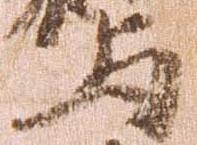
与